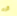
كره